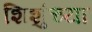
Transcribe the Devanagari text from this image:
शिशुंच्या